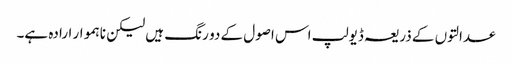
عدالتوں کے ذریعہ ڈیولپ اس اصول کے دو رنگ ہیں لیکن ناہموار ارادہ ہے۔